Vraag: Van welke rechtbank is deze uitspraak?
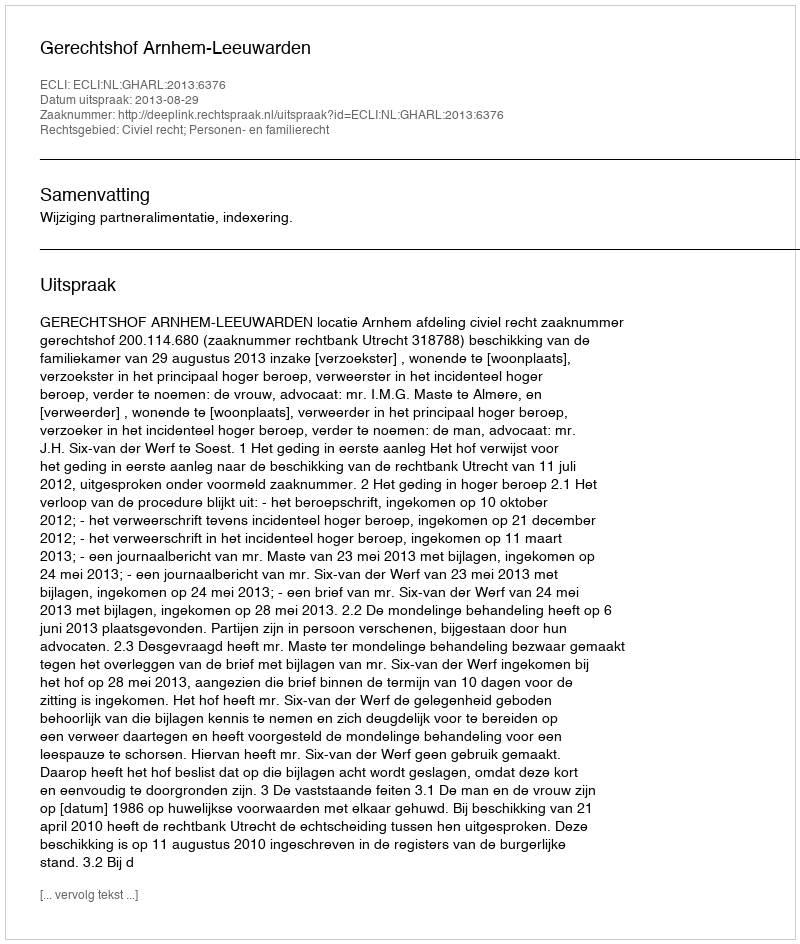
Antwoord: Gerechtshof Arnhem-Leeuwarden